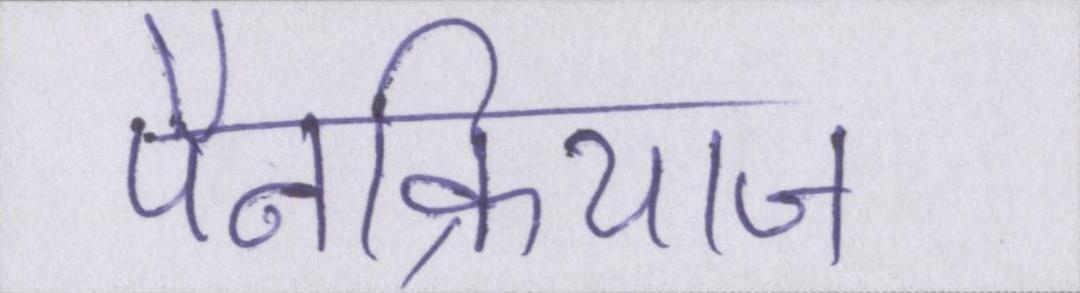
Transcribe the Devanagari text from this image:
पैनक्रियाज